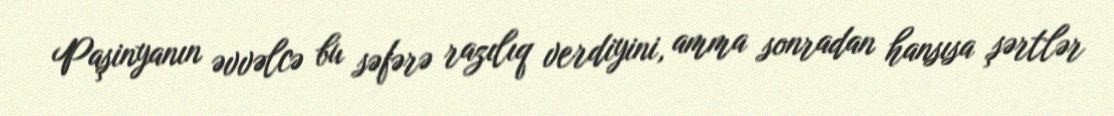
Paşinyanın əvvəlcə bu səfərə razılıq verdiyini, amma sonradan hansısa şərtlər